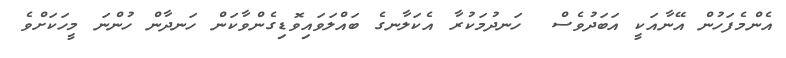
އެންމެފަހުން އޭނާއަކީ އަބަދުވެސް  ހަނދުމަކުރާ އެކަލާނގެ ބައްލަވައިވޮޑިގެންވާކަން ހަނދާން ހުންނަ މީހަކަށްވެ